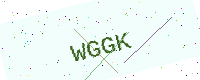
Text: WGGK